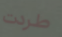
طردت